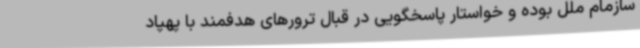
سازمام ملل بوده و خواستار پاسخگویی در قبال ترورهای هدفمند با پهپاد